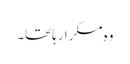
وہ مسکرا رہا تھا۔